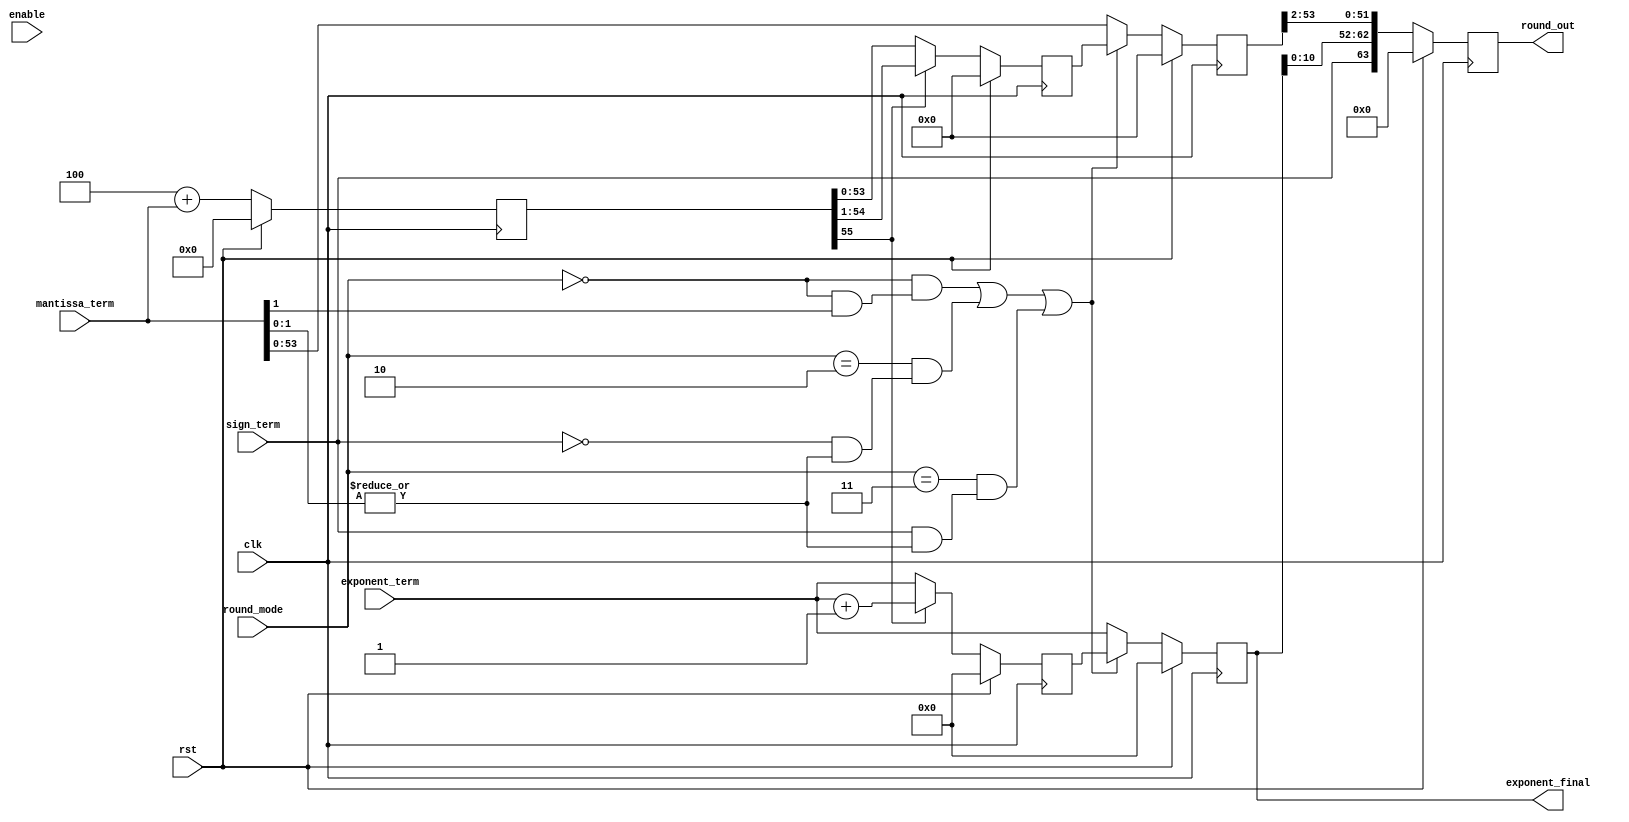
/////////////////////////////////////////////////////////////////////
////                                                             ////
////  FPU                                                        ////
////  Floating Point Unit (Double precision)                     ////
////                                                             ////
////          davidklun@gmail.com                                ////
////                                                             ////
/////////////////////////////////////////////////////////////////////
////                                                             ////
//// Copyright (C) 2009 David Lundgren                           ////
////                  davidklun@gmail.com                        ////
////                                                             ////
//// This source file may be used and distributed without        ////
//// restriction provided that this copyright statement is not   ////
//// removed from the file and that any derivative work contains ////
//// the original copyright notice and the associated disclaimer.////
////                                                             ////
////     THIS SOFTWARE IS PROVIDED ``AS IS'' AND WITHOUT ANY     ////
//// EXPRESS OR IMPLIED WARRANTIES, INCLUDING, BUT NOT LIMITED   ////
//// TO, THE IMPLIED WARRANTIES OF MERCHANTABILITY AND FITNESS   ////
//// FOR A PARTICULAR PURPOSE. IN NO EVENT SHALL THE AUTHOR      ////
//// OR CONTRIBUTORS BE LIABLE FOR ANY DIRECT, INDIRECT,         ////
//// INCIDENTAL, SPECIAL, EXEMPLARY, OR CONSEQUENTIAL DAMAGES    ////
//// (INCLUDING, BUT NOT LIMITED TO, PROCUREMENT OF SUBSTITUTE   ////
//// GOODS OR SERVICES; LOSS OF USE, DATA, OR PROFITS; OR        ////
//// BUSINESS INTERRUPTION) HOWEVER CAUSED AND ON ANY THEORY OF  ////
//// LIABILITY, WHETHER IN  CONTRACT, STRICT LIABILITY, OR TORT  ////
//// (INCLUDING NEGLIGENCE OR OTHERWISE) ARISING IN ANY WAY OUT  ////
//// OF THE USE OF THIS SOFTWARE, EVEN IF ADVISED OF THE         ////
//// POSSIBILITY OF SUCH DAMAGE.                                 ////
////                                                             ////
/////////////////////////////////////////////////////////////////////


`timescale 1ns / 100ps

module fpu_round( clk, rst, enable, round_mode, sign_term, 
mantissa_term, exponent_term, round_out, exponent_final);
input		clk;
input		rst;
input		enable;
input	[1:0]	round_mode;
input		sign_term;
input	[55:0]	mantissa_term;
input	[11:0]	exponent_term;
output	[63:0]	round_out;
output	[11:0]	exponent_final;

wire	[55:0] rounding_amount = { 53'b0, 1'b1, 2'b0};
wire	round_nearest = (round_mode == 2'b00);
wire	round_to_zero = (round_mode == 2'b01);
wire	round_to_pos_inf = (round_mode == 2'b10);
wire	round_to_neg_inf = (round_mode == 2'b11);
wire 	round_nearest_trigger = round_nearest &  mantissa_term[1]; 
wire	round_to_pos_inf_trigger = !sign_term & |mantissa_term[1:0]; 
wire	round_to_neg_inf_trigger = sign_term & |mantissa_term[1:0];
wire 	round_trigger = ( round_nearest & round_nearest_trigger)
						| (round_to_pos_inf & round_to_pos_inf_trigger) 
						| (round_to_neg_inf & round_to_neg_inf_trigger);


reg	  [55:0] sum_round;
wire	sum_round_overflow = sum_round[55]; 
	// will be 0 if no carry, 1 if overflow from the rounding unit
	// overflow from rounding is extremely rare, but possible
reg	  [55:0] sum_round_2;
reg   [11:0] exponent_round;
reg	  [55:0] sum_final; 
reg   [11:0] exponent_final;
reg   [63:0] round_out;

always @(posedge clk) 
	begin
		if (rst) begin
			sum_round <= 0;
			sum_round_2 <= 0;
			exponent_round <= 0;
			sum_final <= 0; 
			exponent_final <= 0;
			round_out <= 0;
		end
		else begin
			sum_round <= rounding_amount + mantissa_term;
			sum_round_2 <= sum_round_overflow ? sum_round >> 1 : sum_round;
			exponent_round <= sum_round_overflow ? (exponent_term + 1) : exponent_term;
			sum_final <= round_trigger ? sum_round_2 : mantissa_term; 
			exponent_final <= round_trigger ? exponent_round : exponent_term;
			round_out <= { sign_term, exponent_final[10:0], sum_final[53:2] };
			end
	end
endmodule